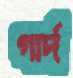
গার্দ